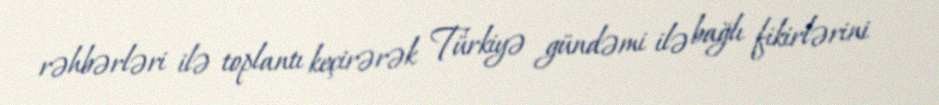
rəhbərləri ilə toplantı keçirərək Türkiyə gündəmi ilə bağlı fikirlərini